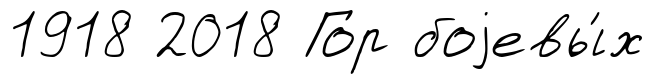
1918 2018 Гор боjевы́х